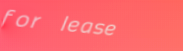
for lease